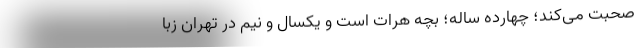
صحبت می‌کند؛ چهارده ساله؛ بچه هرات است و یکسال و نیم در تهران زبا